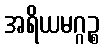
အရိယမဂ္ဂဉ္စ